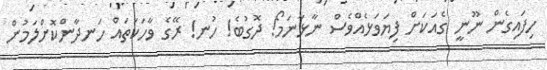
ހިފައިގެން ނޫނީ ގެއަކަށް ފިޔަވަޅެއްވެސް ނާޅާނަމޯ! ދޮގުބެ! ހުނ! ރޭގެ ވާހަކަތައް ހަނދާންކޮށްލަމުން